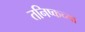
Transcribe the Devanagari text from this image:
तनिष्कच्या